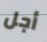
أجل